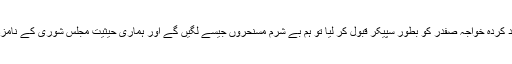
میں خاقان سے کہہ رہا تھا کہ اگر کل ہم نے ضیا کے نامزد کردہ خواجہ صفدر کو بطور سپیکر قبول کر لیا تو ہم بے شرم مسنحروں جیسے لگیں گے اور ہماری حیثیت مجلس شوری کے نامزد افراد جیسی ہو گی جس کی صدارت ضیا خود کیا کرتا تھا۔